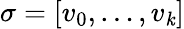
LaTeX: \sigma=[v_{0},\dots,v_{\mathit{k}}]